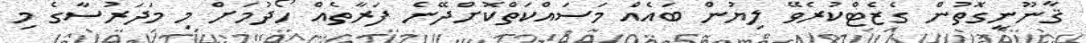
ޤާނޫނީގޮތުން ގެޒެޓްކުރެވޭ ލިޔުން ބައެއް މަސައްކަތްކޮށްދޭނެ ފަރާތެއް ހޯދުމަށް މި މަދަރުސާގެ މި